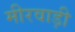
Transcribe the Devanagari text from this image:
मीरवाड़ी